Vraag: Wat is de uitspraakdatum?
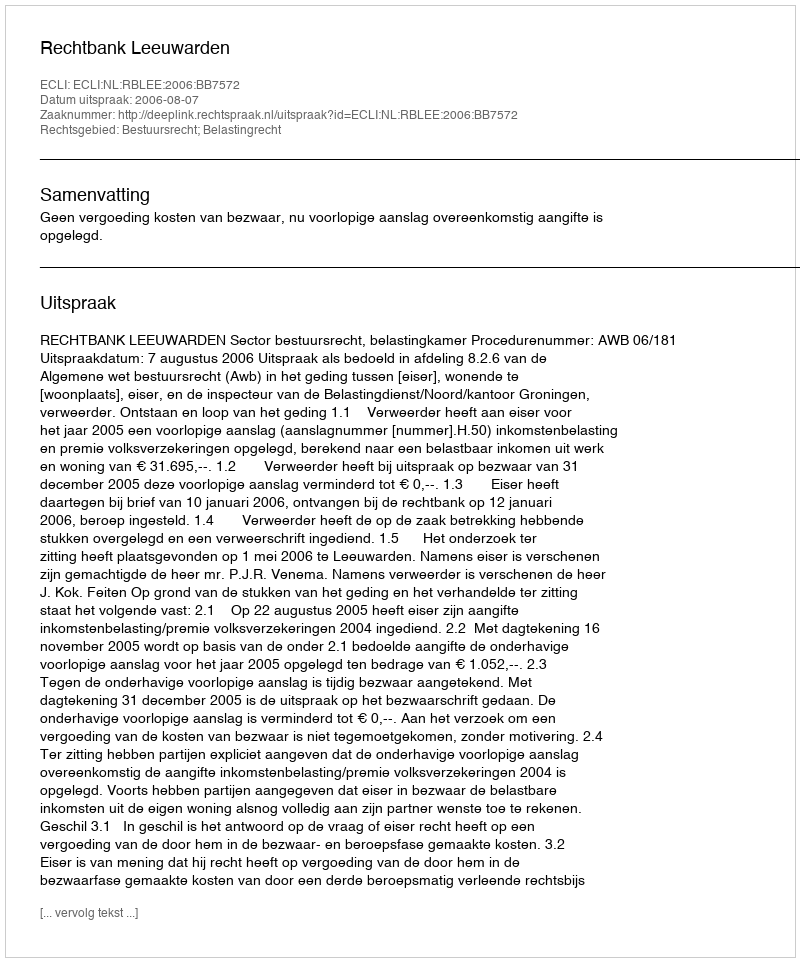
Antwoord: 2006-08-07